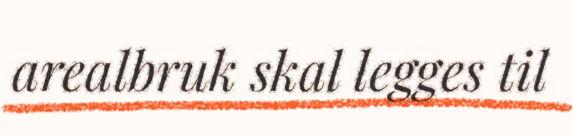
arealbruk skal legges til